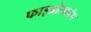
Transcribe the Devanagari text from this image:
फाइब्रोस्कोप